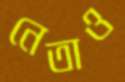
নেতাও